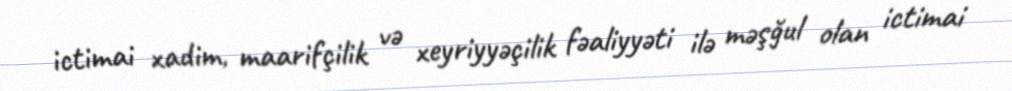
ictimai xadim, maarifçilik və xeyriyyəçilik fəaliyyəti ilə məşğul olan ictimai